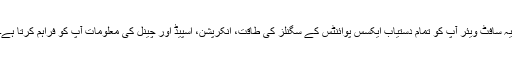
یہ سافٹ ویئر آپ کو تمام دستیاب ایکسس پوائنٹس کے سگنلز کی طاقت، انکرپشن، اسپیڈ اور چینل کی معلومات آپ کو فراہم کرتا ہے۔